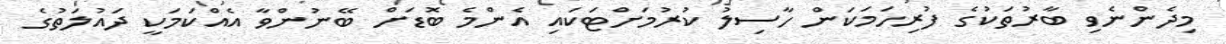
މިދެންނެވި ބާރުތަކުގެ ފުރިހަމަކަން ހާސިލު ކުރުމަށްޓަކައި އެންމެ ބޮޑަށް ބޭނުންވާ އެއްކަމަކީ ދައުލަތުގެ